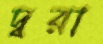
দ্বরা